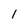
Character: 1